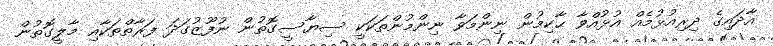
އާދައިގެ ދިރިއުޅުމެއް އުޅުއްވާ ޙާކިމުން ނިންމަވާ ނިންމުންތަކަކީ ސިޔާސީގޮތުން ނުފޫޒުގަދަ ފަރާތްތަކާއި މާލީގޮތުން